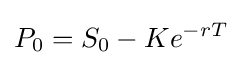
P_{0}=S_{0}-Ke^{-rT}